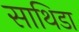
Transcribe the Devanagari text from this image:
साथिडा